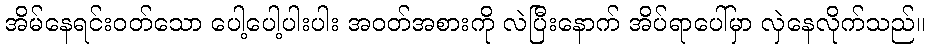
အိမ်နေရင်းဝတ်သော ပေါ့ပေါ့ပါးပါး အဝတ်အစားကို လဲပြီးနောက် အိပ်ရာပေါ်မှာ လှဲနေလိုက်သည်။